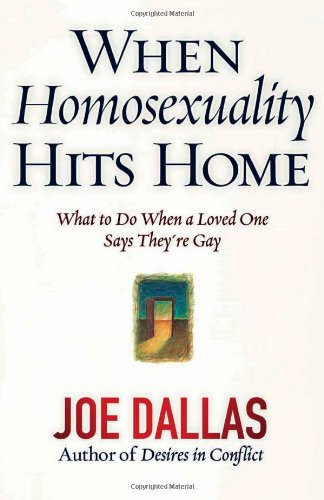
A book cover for When Homosexuality Hits Home: What to Do When a Loved One Says They're Gay; Joe Dallas; Religion & Spirituality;